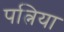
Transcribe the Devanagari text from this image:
पत्निया